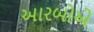
આરબોએ